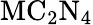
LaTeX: \mathrm{MC_{2}N_{4}}